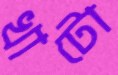
খাটো